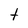
Character: t